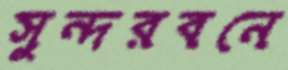
সুন্দরবনে